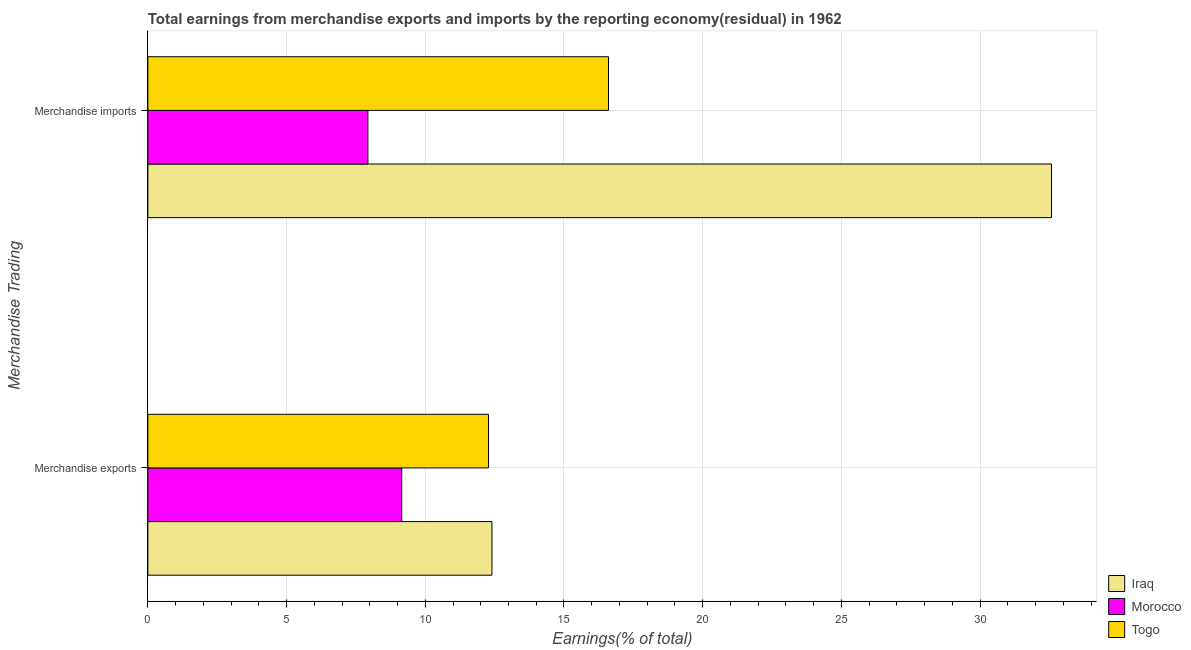
| Merchandise Trading | Iraq | Morocco | Togo |
 | --- | --- | --- | --- |
 | Merchandise exports | 12.4 | 9.15 | 12.3 |
 | Merchandise imports | 32.6 | 7.93 | 16.6 |